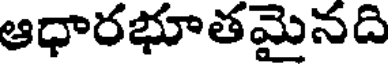
ఆధారభూతమైనది